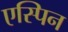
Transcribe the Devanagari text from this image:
एस्पिन